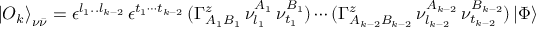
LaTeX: { \vert O _ { k } \rangle } _ { \nu \bar { \nu } } = \epsilon ^ { l _ { 1 } . . l _ { k - 2 } } \, \epsilon ^ { t _ { 1 } \cdots t _ { k - 2 } } \, ( \Gamma _ { A _ { 1 } B _ { 1 } } ^ { z } \, \nu _ { l _ { 1 } } ^ { A _ { 1 } } \, \nu _ { t _ { 1 } } ^ { B _ { 1 } } ) \cdots ( \Gamma _ { A _ { k - 2 } B _ { k - 2 } } ^ { z } \, \nu _ { l _ { k - 2 } } ^ { A _ { k - 2 } } \, \nu _ { t _ { k - 2 } } ^ { B _ { k - 2 } } ) \, \vert \Phi \rangle